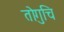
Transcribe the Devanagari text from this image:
तोगुचि